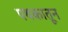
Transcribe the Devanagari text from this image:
पथकातून